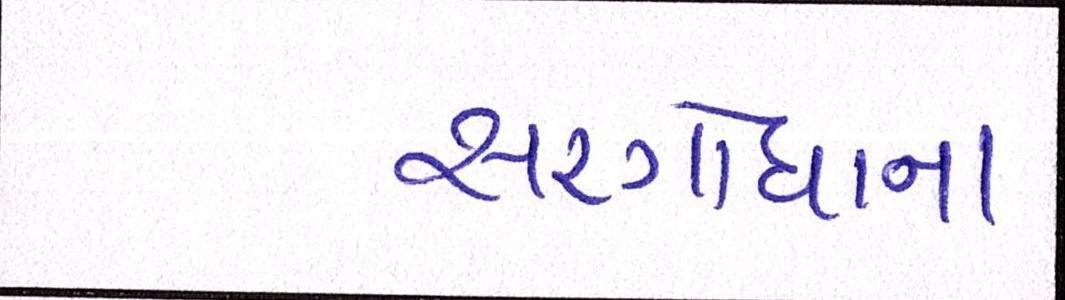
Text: સરગોધાના